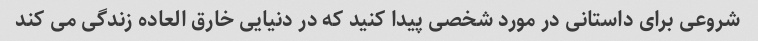
شروعی برای داستانی در مورد شخصی پیدا کنید که در دنیایی خارق العاده زندگی می کند